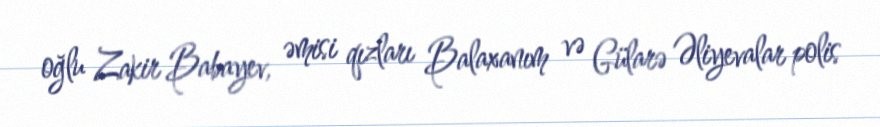
oğlu Zakir Babayev, əmisi qızları Balaxanım və Gülarə Əliyevalar polis